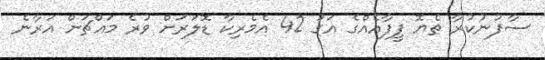
ސާފުނުކުރާ ތެޔޮ ފީފާއެއްގެ އަގު 42 އެމެރިކާ ޑޮލަރަށް ވުރެ މައްޗަށް އަރާނެ